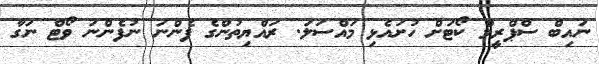
ނައިބް ސްޕްރީމް ކޯޓަށް ހުށައެޅި މައްސަލަ. ރައްޔިތުންގެ ފެންނަ ނުފެންނަ ވޯޓް ނަގާ